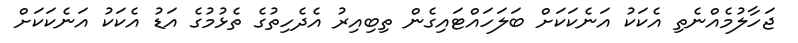
ޖަހާލުމެއްނެތި އެކަކު އަނެކަކަށް ބަލަހައްޓައިގެން ތިބިއިރު އެދެހިތުގެ ތެޅުމުގެ އަޑު އެކަކު އަނެކަކަށް